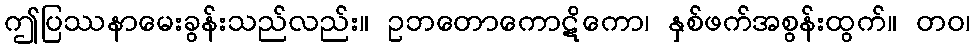
ဤပြဿနာမေးခွန်းသည်လည်း။ ဥဘတောကောဋိကော၊ နှစ်ဖက်အစွန်းထွက်။ တဝ၊